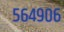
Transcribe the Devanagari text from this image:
५६४९०६